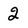
Character: 2